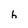
Character: h